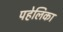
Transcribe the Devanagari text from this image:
पहेलिका